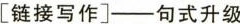
[链接写作]——句式升级